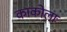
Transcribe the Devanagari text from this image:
काकोलाः